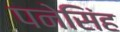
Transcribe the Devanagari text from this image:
पनेसिंह